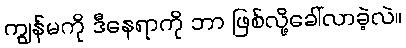
ကျွန်မကို ဒီနေရာကို ဘာ ဖြစ်လို့ခေါ်လာခဲ့လဲ။